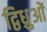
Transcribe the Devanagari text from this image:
द्विध्रुओं